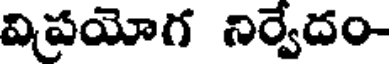
విపయోగ నిర్వేదం-